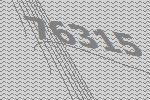
76315